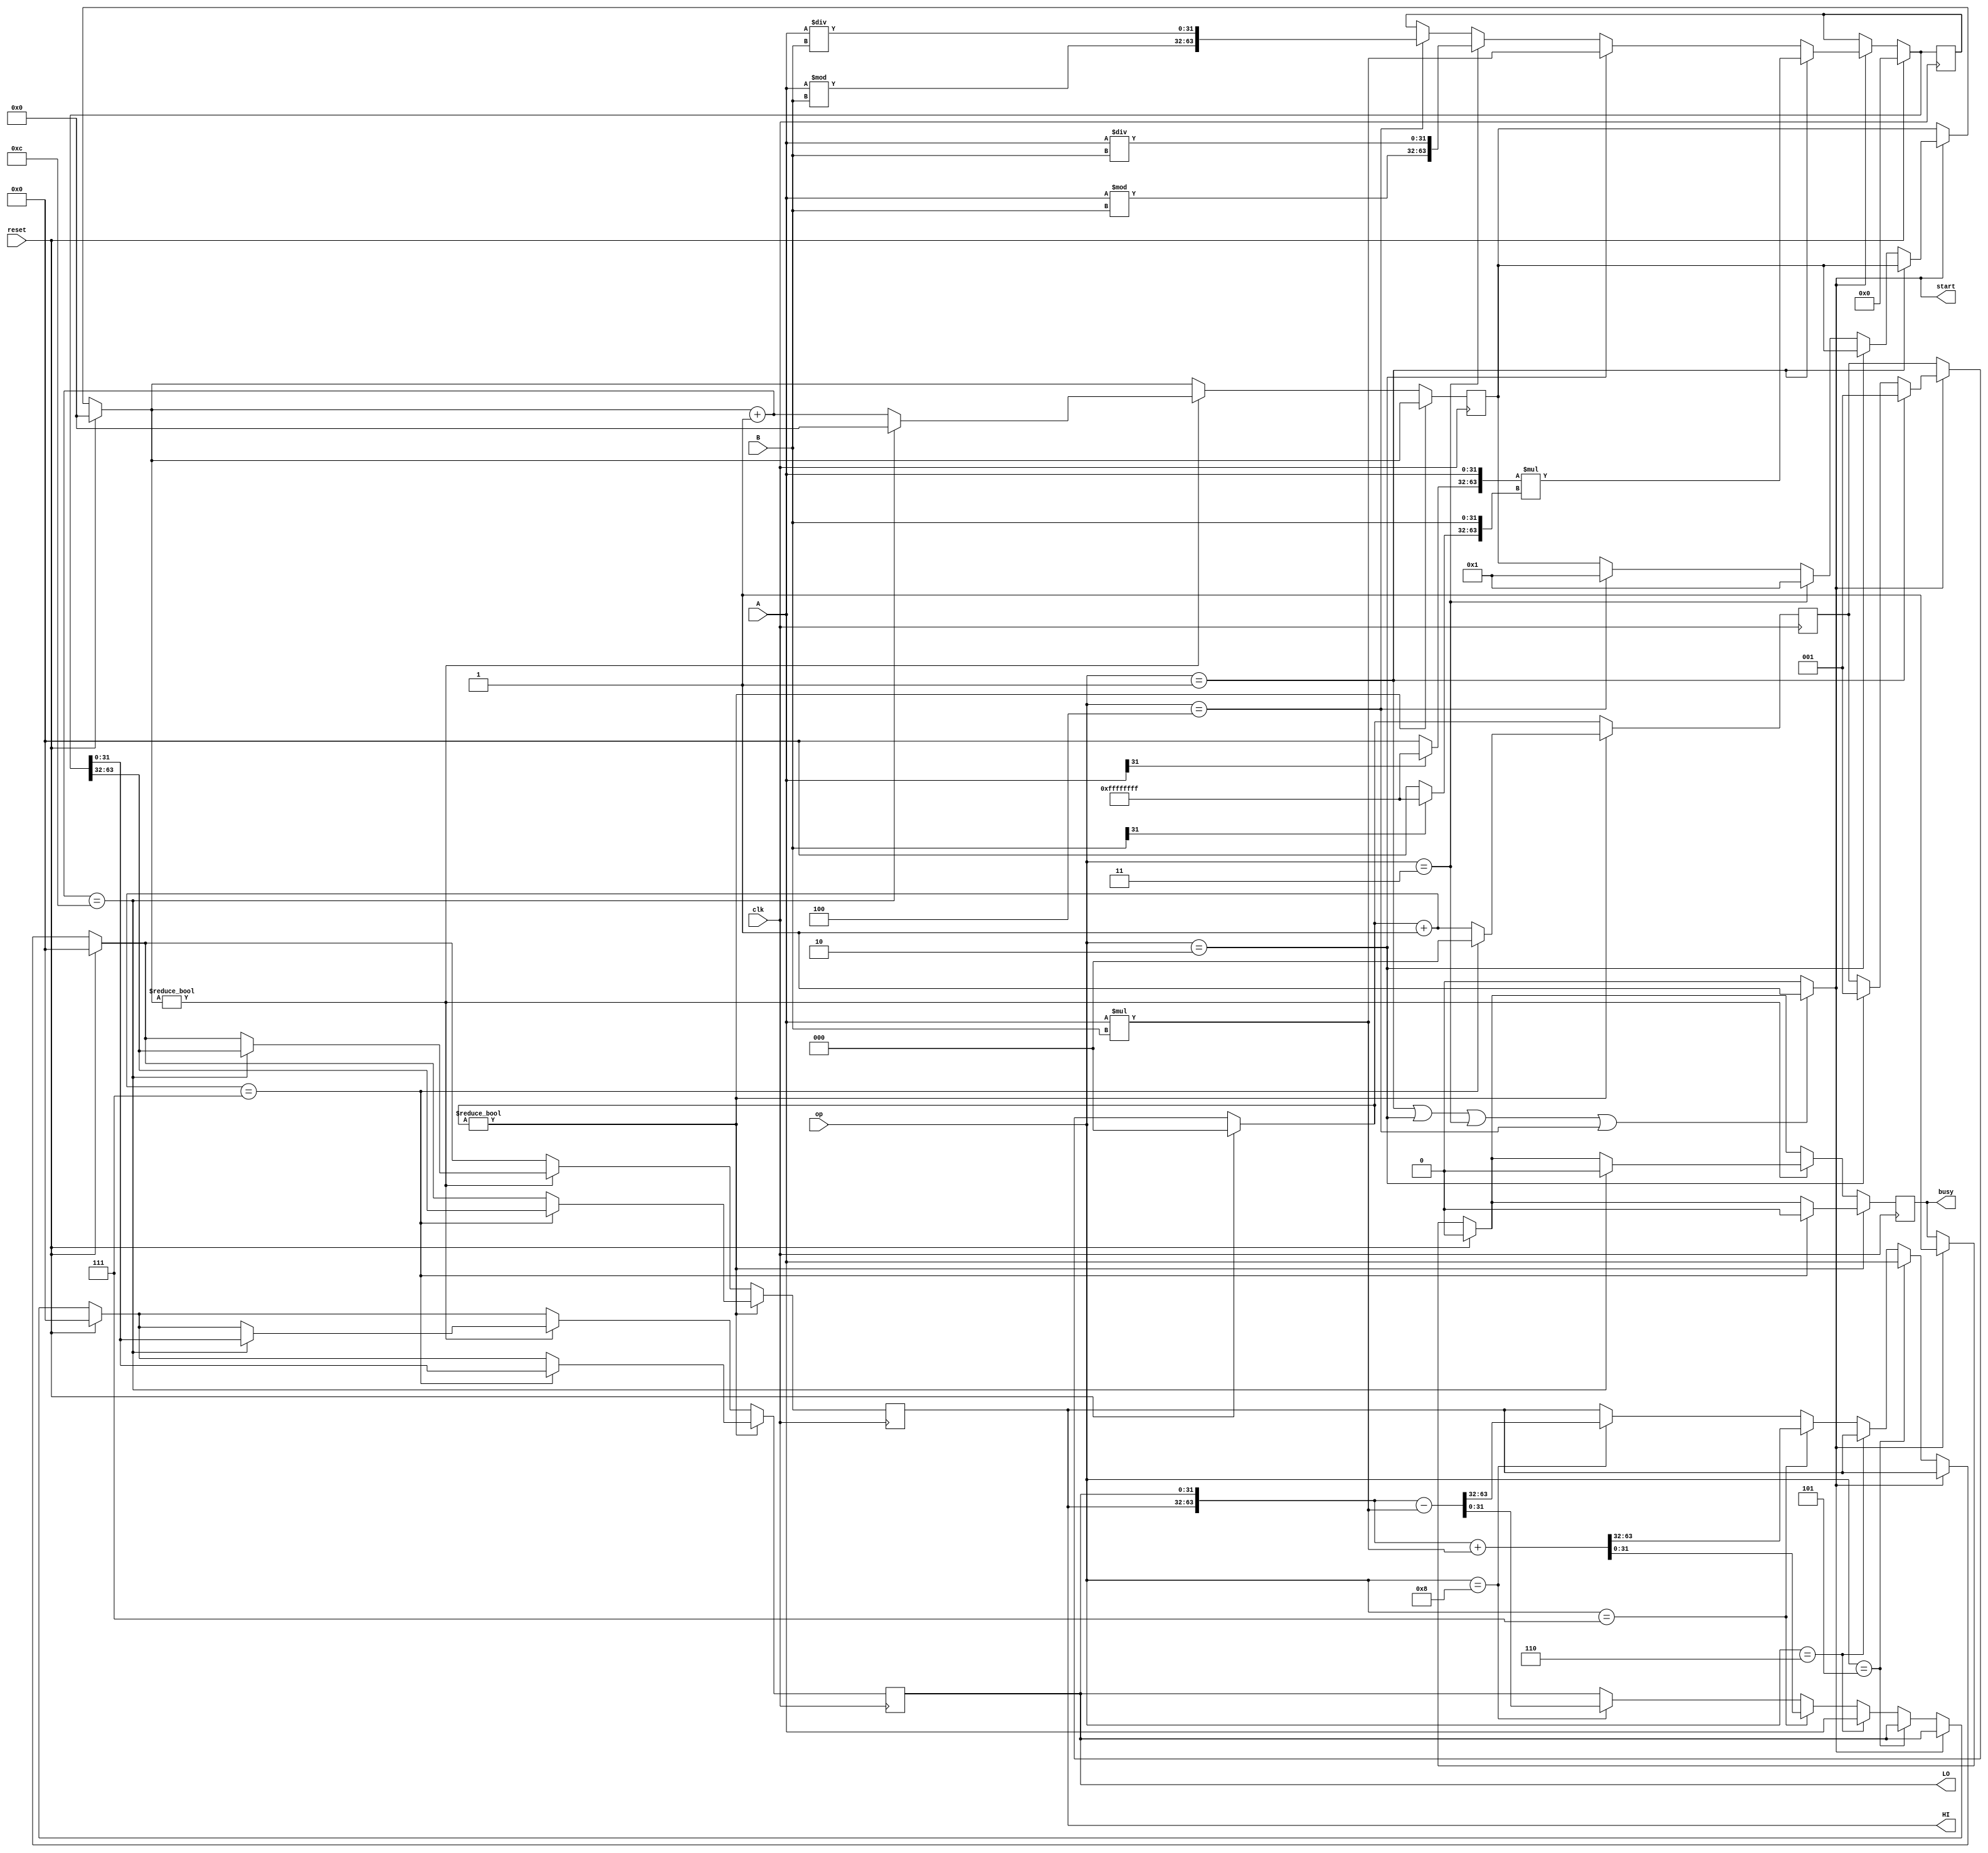
`timescale 1ns / 1ps
//////////////////////////////////////////////////////////////////////////////////
// Company: 
// Engineer: 
// 
// Design Name: 
// Module Name:    muldiv 
// Project Name: 
// Target Devices: 
// Tool versions: 
// Description: 
//
// Dependencies: 
//
// Revision: 
// Revision 0.01 - File Created
// Additional Comments: 
//
//////////////////////////////////////////////////////////////////////////////////
module muldiv(
	input clk, 
	input reset,
	input [31:0] A,
	input [31:0] B,
	input [3:0] op,
	output reg [31:0] HI,
	output reg [31:0] LO,
	output reg busy,
	output start
    );
	assign start = (op == 4'b0001 || op == 4'b0010 || op == 4'b0011 || op == 4'b0100) ? 1 : 0;
	reg [63:0] temp;
	reg [2:0] mulcnt;
	reg [3:0] divcnt;
	/* 000
		001
		010
		011
		100
		101mthi
		110mtlo
	*/
	initial begin
		HI = 0;
		LO = 0;
		busy = 0;
		mulcnt = 0;
		divcnt = 0;
		temp = 0;
	end
	
	always @(posedge clk) begin
		if (reset == 1) begin
			HI = 0;
			LO = 0;
			busy = 0;
			mulcnt = 0;
			divcnt = 0;
			temp = 0;
		end
		else if (start == 1) begin
			busy <= 1;
			if (op == 4'b0001) begin
				temp <= $signed({A[31] == 1'b1 ? {32{1'b1}} : 32'b0, A}) * $signed({B[31] == 1'b1 ? {32{1'b1}} : 32'b0, B});
				mulcnt = 1;
			end
			else if (op == 4'b0010) begin
				temp <= {32'b0, A} * {32'b0, B};
				mulcnt = 1;
			end
			else if (op == 4'b0011) begin
				temp = {$signed(A) % $signed(B), $signed(A) / $signed(B)};
				divcnt = 1;
			end
			else if (op == 4'b0100) begin
				temp <= {A % B, A / B};
				divcnt = 1;
			end
		end
		else begin
			if (op == 4'b0101) begin
				HI <= A;
			end
			else if (op == 4'b0110) begin
				LO <= A;
			end
			else if (op == 4'b0111) begin
				{HI, LO} = {HI, LO} + {32'b0, A} * {32'b0, B};
			end
			else if (op == 4'b1000) begin
				{HI, LO} = {HI, LO} - {32'b0, A} * {32'b0, B};
			end
		end
		
		if (mulcnt != 0) begin
			mulcnt = mulcnt + 1;
			if (mulcnt == 7) begin
				HI <= temp[63:32];
				LO <= temp[31:0];
				mulcnt = 0;
				busy <= 0;
			end
		end
		else if (divcnt != 0) begin
				divcnt = divcnt + 1;
				if (divcnt == 12) begin
					HI <= temp[63:32];
					LO <= temp[31:0];
					divcnt = 0;
					busy <= 0;
				end
		end
	end

endmodule